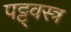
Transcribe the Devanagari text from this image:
पट्ट्वस्त्र